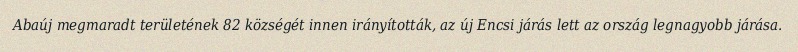
Abaúj megmaradt területének 82 községét innen irányították, az új Encsi járás lett az ország legnagyobb járása.